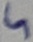
Text: 5